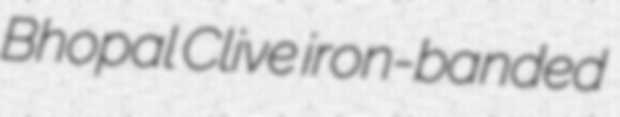
Bhopal Clive iron-banded